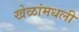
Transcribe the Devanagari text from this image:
खेळांमधली